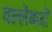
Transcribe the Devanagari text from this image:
वल्लेबजों